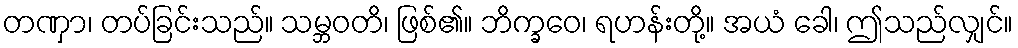
တဏှာ၊ တပ်ခြင်းသည်။ သမ္ဘဝတိ၊ ဖြစ်၏။ ဘိက္ခဝေ၊ ရဟန်းတို့။ အယံ ခေါ၊ ဤသည်လျှင်။